Report of the Indian Hemp Drugs Commission, 1894-1895 - Volume I
Year: 1894
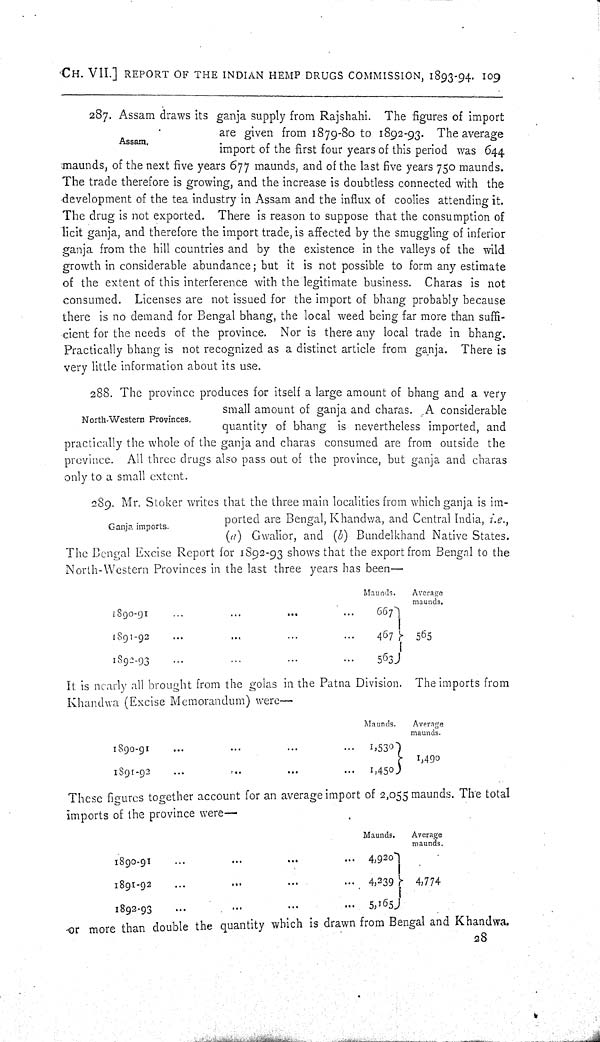
CH. VII.] REPORT OF THE INDIAN HEMP DRUGS COMMISSION, 1893-94. 109
Assam.
287. Assam draws its ganja supply from Rajshahi. The figures of import
are given from 1879-80 to 1892-93. The average
import of the first four years of this period was 644
maunds, of the next five years 677 maunds, and of the last five years 750 maunds.
The trade therefore is growing, and the increase is doubtless connected with the
development of the tea industry in Assam and the influx of coolies attending it.
The drug is not exported. There is reason to suppose that the consumption of
licit ganja, and therefore the import trade, is affected by the smuggling of inferior
ganja from the hill countries and by the existence in the valleys of the wild
growth in considerable abundance; but it is not possible to form any estimate
of the extent of this interference with the legitimate business. Charas is not
consumed. Licenses are not issued for the import of bhang probably because
there is no demand for Bengal bhang, the local weed being far more than suffi-
cient for the needs of the province. Nor is there any local trade in bhang.
Practically bhang is not recognized as a distinct article from ganja. There is
very little information about its use.
North-Western Provinces.
288. The province produces for itself a large amount of bhang and a very
small amount of ganja and charas. A considerable
quantity of bhang is nevertheless imported, and
practically the whole of the ganja and charas consumed are from outside the
province. All three drugs also pass out of the province, but ganja and charas
only to a small extent.
Ganja imports.
289. Mr. Stoker writes that the three main localities from which ganja is im-
ported are Bengal, Khandwa, and Central India, i.e.,
(a) Gwalior, and (b) Bundelkhand Native States.
The Bengal Excise Report for 1892-93 shows that the export from Bengal to the
North-Western Provinces in the last three years has been—
Maunds.
Average
maunds.
1890-91
667
1891-92
467 565
1892-93
563
It is nearly all brought from the golas in the Patna Division. The imports from
Khandwa (Excise Memorandum) were—
Maunds.
Average
maunds.
1890-91
1,530
1,490
1891-92
1,450
These figures together account for an average import of 2,055 maunds. The total
imports of the province were—
Maunds.
Average
maunds.
1890-91
4,920
1891-92
4,239
4,774
1892-93
5,165
or more than double the quantity which is drawn from Bengal and Khandwa.
28